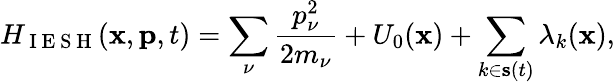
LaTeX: H_{\mathrm{~I~E~S~H~}}(\mathbf{x},\mathbf{p},t)=\sum_{\nu}\frac{p_{\nu}^{2}}{2m_{\nu}}+U_{0}(\mathbf{x})+\sum_{k\in\mathbf{s}(t)}\lambda_{k}(\mathbf{x}),